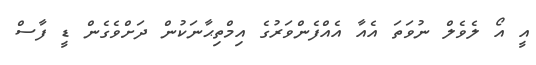
އީ އޯ ލެވެލް ނުވަތަ އެއާ އެއްފެންވަރުގެ އިމްތިޙާނަކުން ދަށްވެގެން ޑީ ފާސް